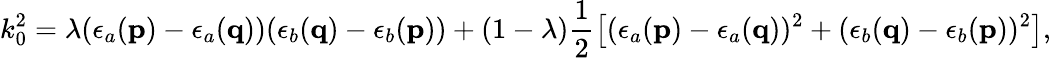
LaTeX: k_{0}^{2}=\lambda(\epsilon_{a}({\mathbf p})-\epsilon_{a}({\mathbf q}))(\epsilon_{b}({\mathbf q})-\epsilon_{b}({\mathbf p}))+(1-\lambda)\frac 12\left[(\epsilon_{a}({\mathbf p})-\epsilon_{a}({\mathbf q}))^{2}+(\epsilon_{b}({\mathbf q})-\epsilon_{b}({\mathbf p}))^{2}\right],